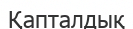
Қапталдық